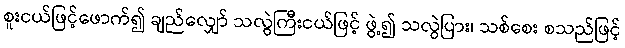
စူးငယ်ဖြင့်ဖောက်၍ ချည်လျှော် သလွဲကြီးငယ်ဖြင့် ဖွဲ့၍ သလွဲပြား၊ သစ်စေး စသည်ဖြင့်